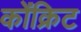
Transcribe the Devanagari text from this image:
कोंक्रिट